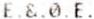
E.&.0.E.